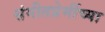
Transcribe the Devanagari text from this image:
संगीतप्रेमींच्या